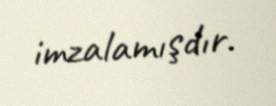
imzalamışdır.